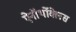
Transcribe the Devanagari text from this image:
ऐनॉर्थोक्लेस